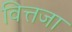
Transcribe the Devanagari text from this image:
वित्तजा